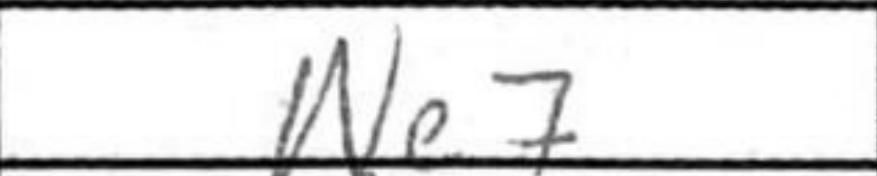
Transcription: Ne7